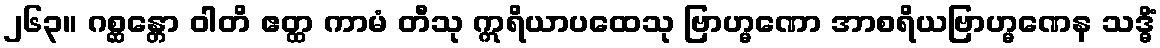
၂၆၃။ ဂစ္ဆန္တော ဝါတိ ဧတ္ထ ကာမံ တီသု ဣရိယာပထေသု ဗြာဟ္မဏော အာစရိယဗြာဟ္မဏေန သဒ္ဓိံ